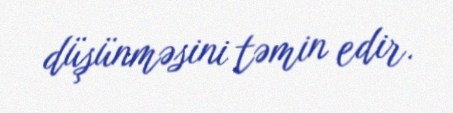
düşünməsini təmin edir.